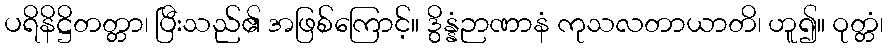
ပရိနိဋ္ဌိတတ္တာ၊ ပြီးသည်၏ အဖြစ်ကြောင့်။ ဒွိန္နံဉာဏာနံ ကုသလတာယာတိ၊ ဟူ၍။ ဝုတ္တံ၊